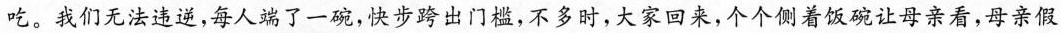
吃。我们无法违逆，每人端了一碗，快步跨出门槛，不多时，大家回来，个个侧着饭碗让母亲看，母亲假